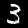
Digit: 3